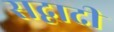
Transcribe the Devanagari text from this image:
सद्वादी